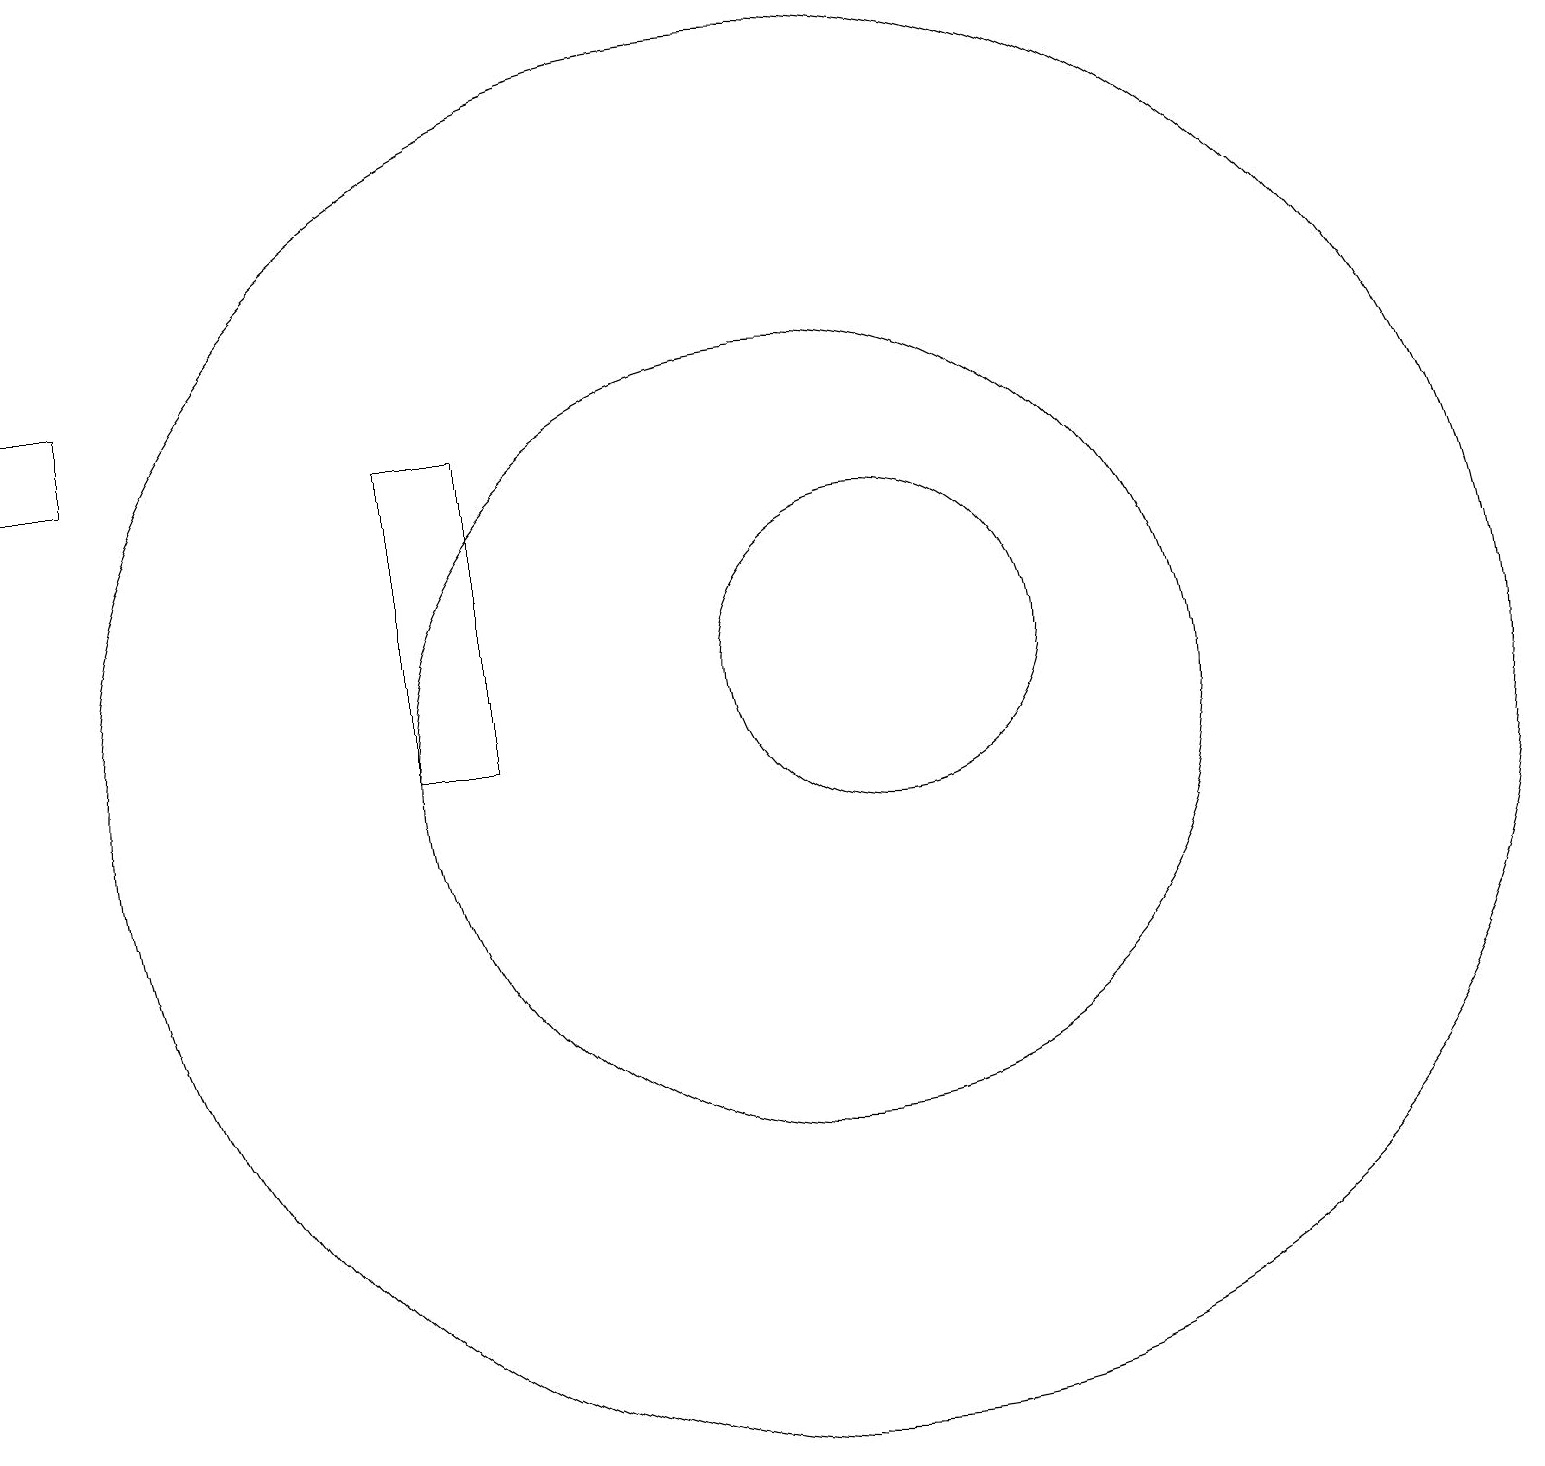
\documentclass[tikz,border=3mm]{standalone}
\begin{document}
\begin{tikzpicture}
\draw (11,10) circle (9);
\draw (12,11) circle (2);
\draw (11,12) circle (0);
\draw (1,15) rectangle (2,14);
\draw (6,14) rectangle (7,10);
\draw (11,10) circle (0);
\draw (11,10) circle (5);
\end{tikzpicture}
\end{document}